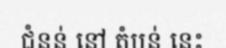
ជំនន់ នៅ តំបន់ នេះ